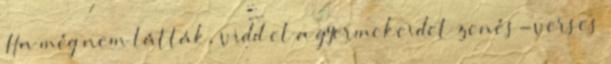
Ha még nem látták, vidd el a gyermekeidet zenés-verses